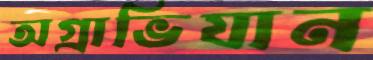
অগ্রাভিযান